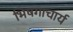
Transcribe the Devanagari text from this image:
भिषगाचार्य